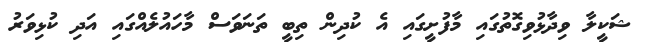
ޝަކީލާ ވިދާޅުވިގޮތުގައި މާފުށީގައި އެ ކުދިން ތިބީ ތަނަވަސް މާހައުލެއްގައި އަދި ކުޅިވަރު